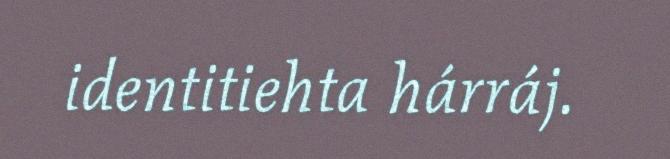
identitiehta hárráj.